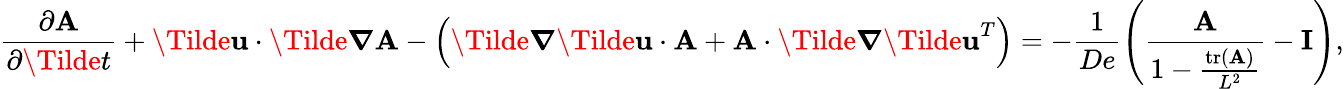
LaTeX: \frac{\partial\mathbf{A}}{\partial\Tilde{t}}+\mathbf{\Tilde{u}}\cdot\boldsymbol{\Tilde{\boldsymbol{\nabla}}}\mathbf{A}-\left(\boldsymbol{\Tilde{\boldsymbol{\nabla}}}\mathbf{\Tilde{u}}\cdot\mathbf{A}+\mathbf{A}\cdot\boldsymbol{\Tilde{\boldsymbol{\nabla}}}\mathbf{\Tilde{u}}^{T}\right)=-\frac{1}{De}\left(\frac{\mathbf{A}}{1-\frac{\operatorname{tr}(\mathbf{A})}{L^{2}}}-\mathbf{I}\right),